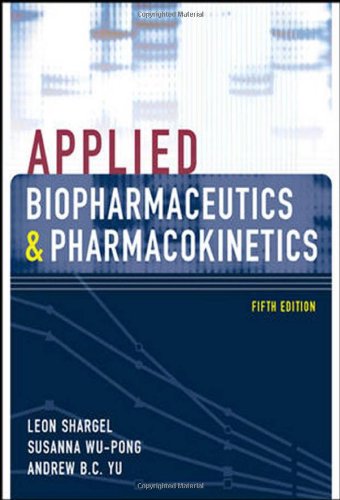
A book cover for Applied Biopharmaceutics & Pharmacokinetics, Fifth Edition (Shargel, Applied Biopharmaceuticals & Pharmacokinetics); Leon Shargel; Medical Books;